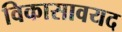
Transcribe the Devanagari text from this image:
विकासावयद